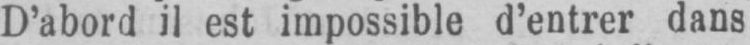
D’abord il est impossible d’entrer dans